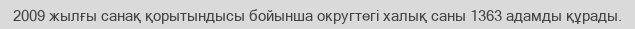
2009 жылғы санақ қорытындысы бойынша округтегі халық саны 1363 адамды құрады.